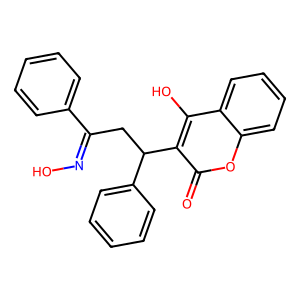
SMILES: O=c1oc2ccccc2c(O)c1C(CC(=NO)c1ccccc1)c1ccccc1
Inhibits HIV replication: No